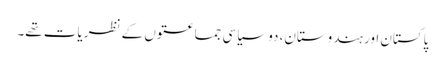
پاکستان اور ہندوستان، دو سیاسی جماعتوں کے نظریات تھے۔